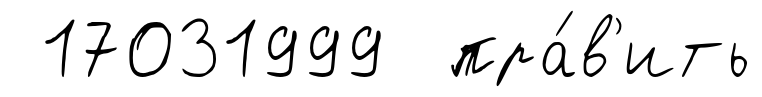
17031999 пра́в'ить